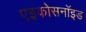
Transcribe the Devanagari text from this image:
एइकोसनॉइड